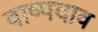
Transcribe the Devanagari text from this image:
वाष्पदाव